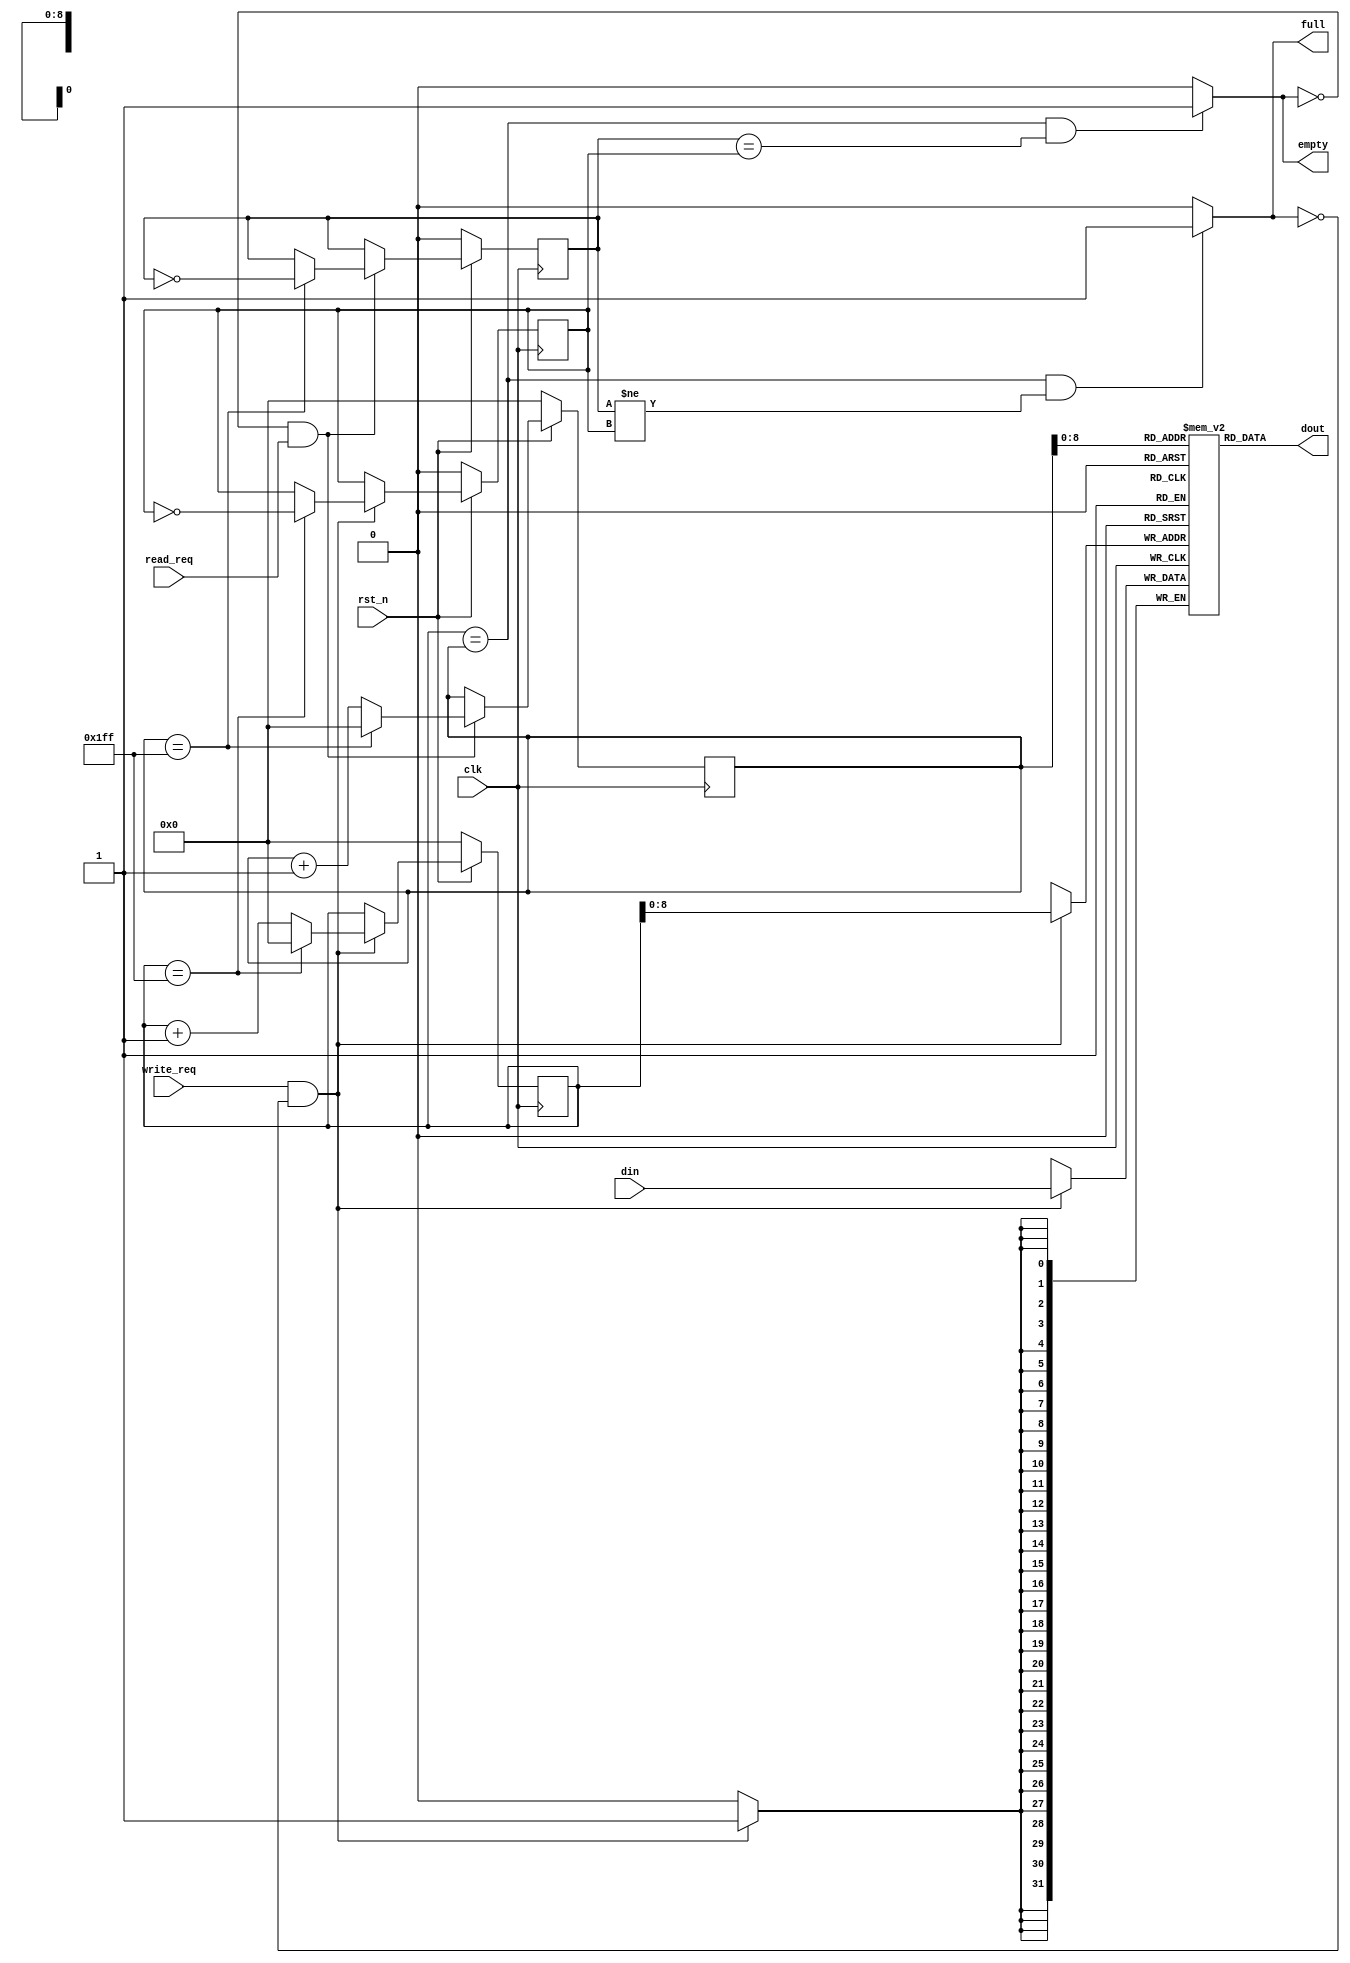
////////////////////////////////////////////////////////////////////////////////
// School: Shanghai Jiao Tong University
// File Name: FIFO
// Details: 
// Release History:
// - Version 0.1 20/06/23: Create;
// - Version 0.2 20/06/28: Fix an error.
////////////////////////////////////////////////////////////////////////////////

module fifo (
  
  input               clk,
  input               rst_n,
  input               read_req,
  input               write_req,
  input       [31:0]  din,

  output  reg         full,
  output  reg         empty,
  output  wire[31:0]  dout

);

reg         write_flag, read_flag;
reg  [9:0]  write_ptr, read_ptr;
reg [31:0]  fifo_mem[0:511];

assign dout = fifo_mem[read_ptr];

initial begin
  read_ptr   = 1'b0;
  write_ptr  = 1'b0;
  read_flag  = 1'b0;
  write_flag = 1'b0;
end

// This always part controls fifo_mem.
always @ (posedge clk) begin
  if (write_req && !full)
    fifo_mem[write_ptr] <= din;
end

// This always part controls write_ptr.
always @ (posedge clk) begin
  if (!rst_n)
    write_ptr <= 1'b0;
  else if (!full && write_req)
    write_ptr <= (write_ptr == 10'b0111111111) ? 0 : write_ptr + 1;
end

// This always part controls read_ptr.
always @ (posedge clk) begin
  if (!rst_n)
    read_ptr <= 1'b0;
  else if (!empty && read_req)
    read_ptr <= (read_ptr == 10'b0111111111) ? 0 : read_ptr + 1;
end

// This always part controls write_flag.
always @ (posedge clk) begin
  if (!rst_n)
    write_flag <= 1'b0;
  else if (!full && write_req)
    write_flag <= (write_ptr == 10'b0111111111) ? ~write_flag : write_flag;
end

// This always part controls read_flag.
always @ (posedge clk) begin
  if (!rst_n)
    read_flag <= 1'b0;
  else if (!empty && read_req)
    read_flag <= (read_ptr == 10'b0111111111) ? ~read_flag : read_flag;
end

// This always part controls full.
always @ (*) begin
    if(write_ptr == read_ptr && read_flag != write_flag)
      full <= 1'b1;
    else
      full <= 1'b0;
end

// This always part controls empty.
always @ (*) begin
    if(write_ptr == read_ptr && read_flag == write_flag)
      empty <= 1'b1;
    else
      empty <= 1'b0;
end

endmodule